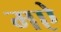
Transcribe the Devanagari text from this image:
मऐ